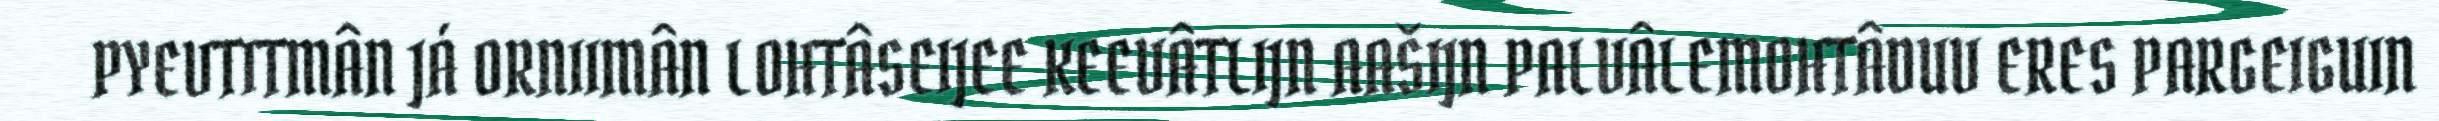
PYEVTITMÂN JÁ ORNIIMÂN LOHTÂSEIJEE KEEVÂTLIJN AAŠIJN PALVÂLEMOHTÂDUV ERES PARGEIGUIN